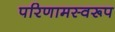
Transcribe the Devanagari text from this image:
परिणामस्वरूप